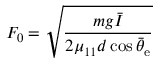
F _ { 0 } = \sqrt { \frac { m g \bar { I } } { 2 \mu _ { 1 1 } d \cos \bar { \theta } _ { \mathrm { e } } } }